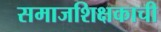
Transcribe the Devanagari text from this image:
समाजशिक्षकाची